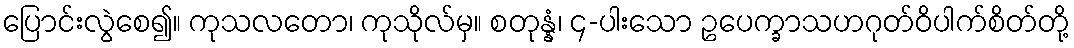
ပြောင်းလွဲစေ၍။ ကုသလတော၊ ကုသိုလ်မှ။ စတုန္နံ၊ ၄-ပါးသော ဥပေက္ခာသဟဂုတ်ဝိပါက်စိတ်တို့